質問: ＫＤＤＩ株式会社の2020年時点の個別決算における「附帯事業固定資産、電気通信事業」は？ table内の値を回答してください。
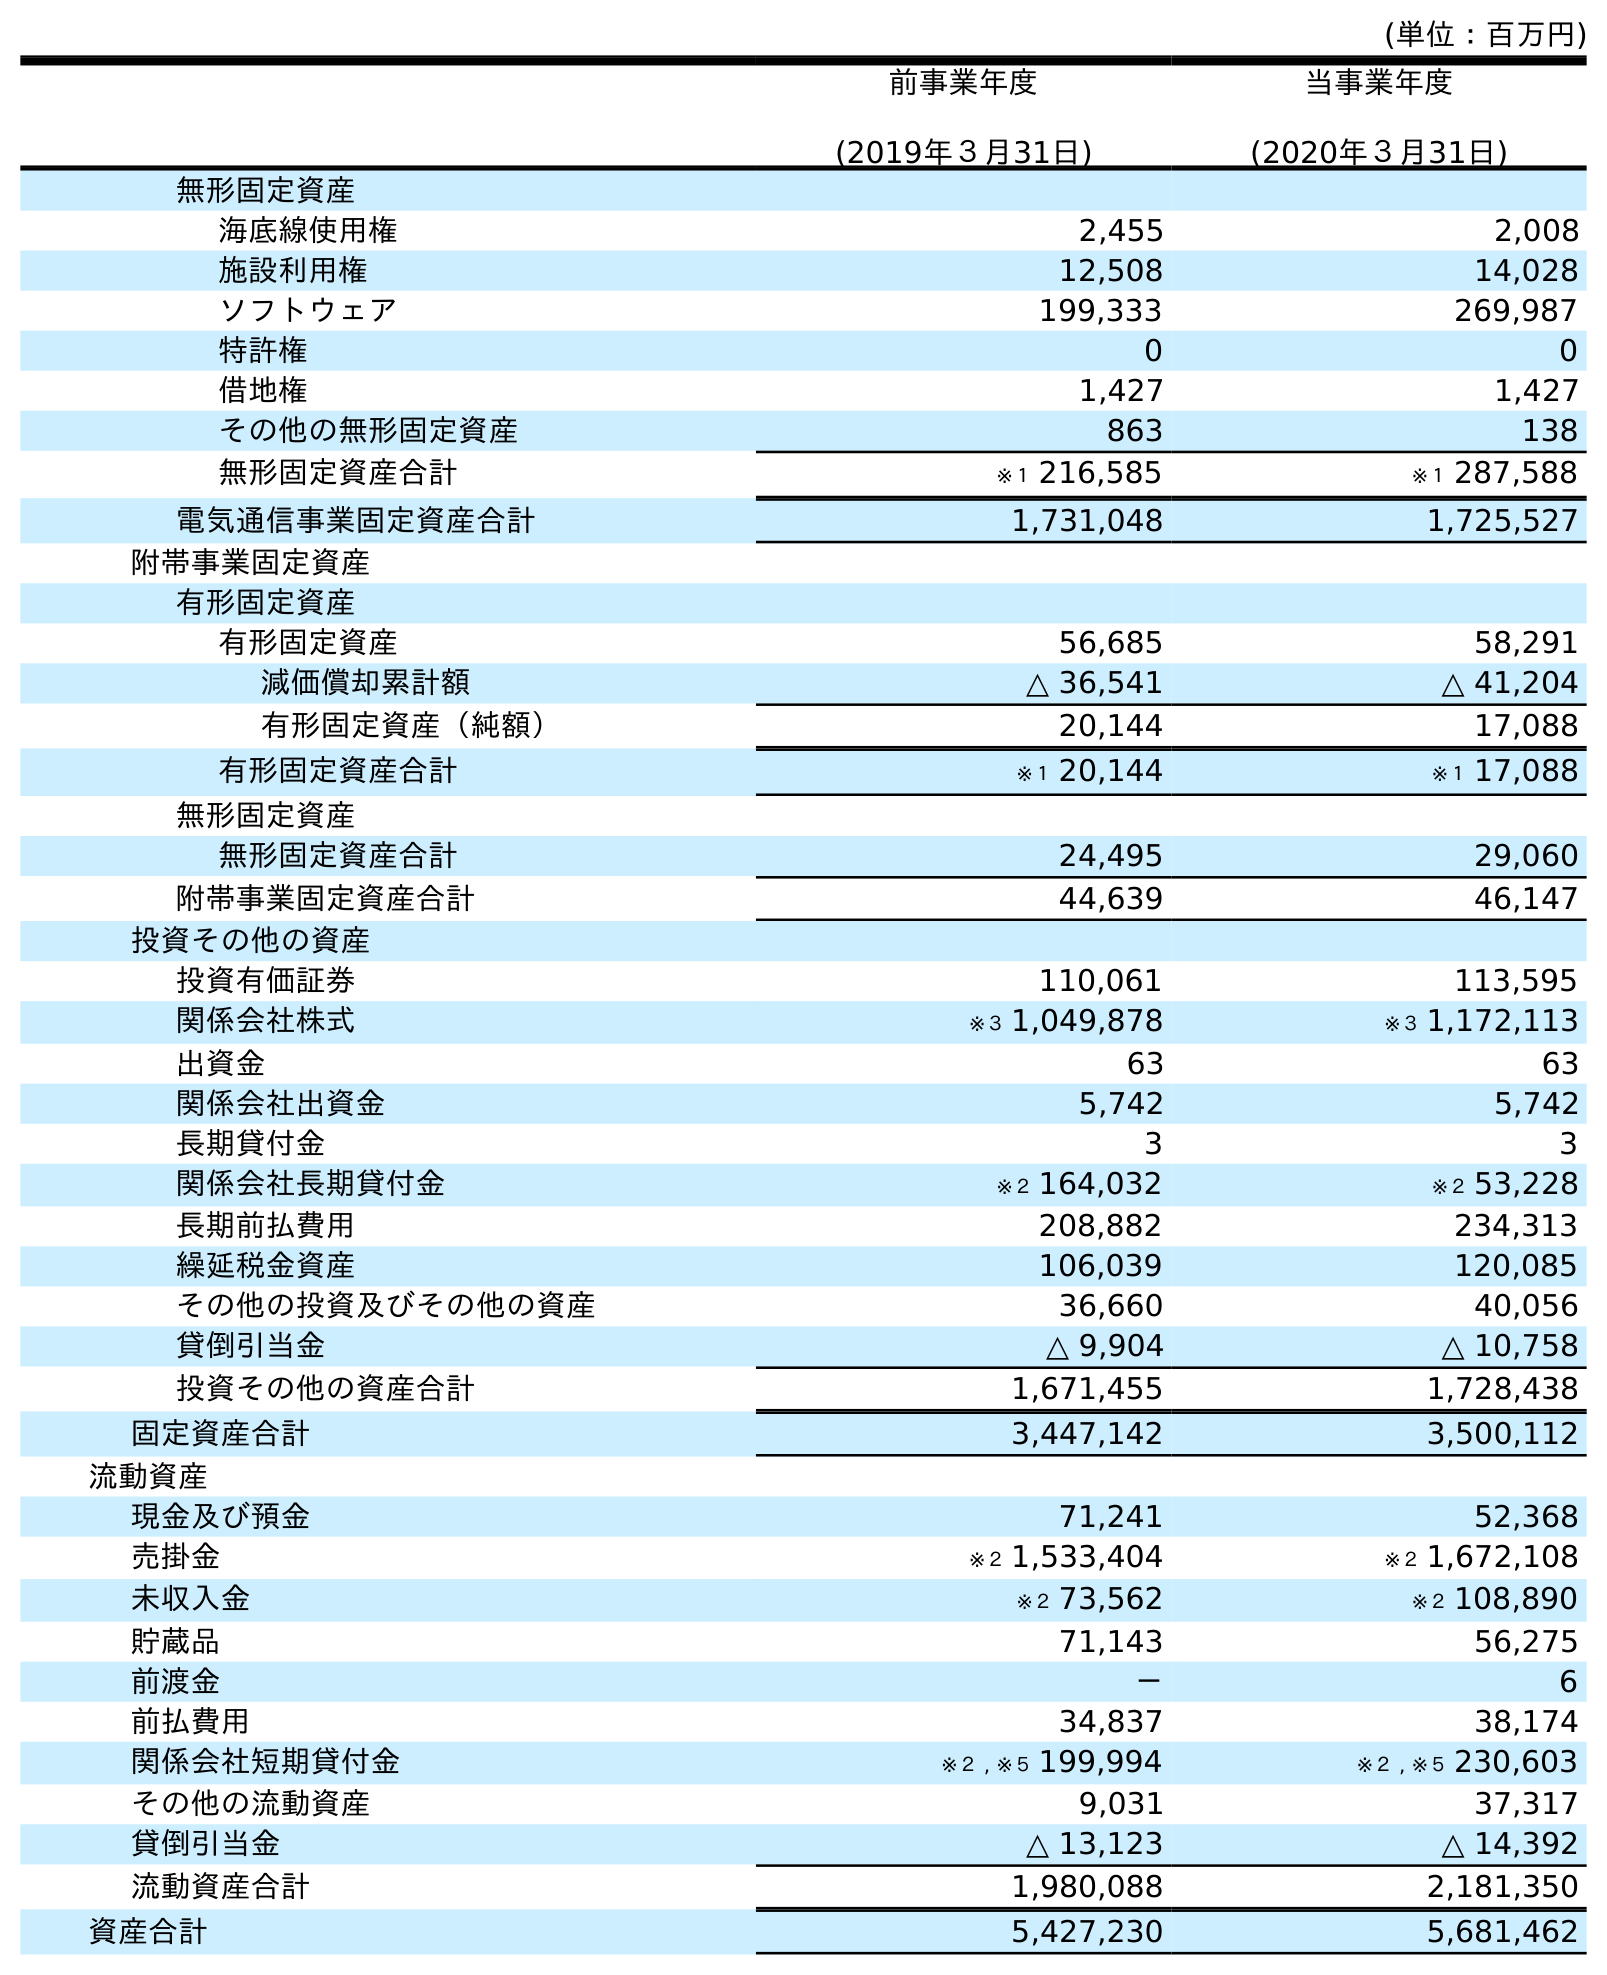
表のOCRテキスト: (単位：百万円) 前事業年度 (2019年３月31日) 当事業年度 (2020年３月31日) 無形固定資産 海底線使用権 2,455 2,008 施設利用権 12,508 14,028 ソフトウェア 199,333 269,987 特許権 0 0 借地権 1,427 1,427 その他の無形固定資産 863 138 無形固定資産合計 ※１ 216,585 ※１ 287,588 電気通信事業固定資産合計 1,731,048 1,725,527 附帯事業固定資産 有形固定資産 有形固定資産 56,685 58,291 減価償却累計額 △ 36,541 △ 41,204 有形固定資産（純額） 20,144 17,088 有形固定資産合計 ※１ 20,144 ※１ 17,088 無形固定資産 無形固定資産合計 24,495 29,060 附帯事業固定資産合計 44,639 46,147 投資その他の資産 投資有価証券 110,061 113,595 関係会社株式 ※３ 1,049,878 ※３ 1,172,113 出資金 63 63 関係会社出資金 5,742 5,742 長期貸付金 3 3 関係会社長期貸付金 ※２ 164,032 ※２ 53,228 長期前払費用 208,882 234,313 繰延税金資産 106,039 120,085 その他の投資及びその他の資産 36,660 40,056 貸倒引当金 △ 9,904 △ 10,758 投資その他の資産合計 1,671,455 1,728,438 固定資産合計 3,447,142 3,500,112 流動資産 現金及び預金 71,241 52,368 売掛金 ※２ 1,533,404 ※２ 1,672,108 未収入金 ※２ 73,562 ※２ 108,890 貯蔵品 71,143 56,275 前渡金 － 6 前払費用 34,837 38,174 関係会社短期貸付金 ※２ , ※５ 199,994 ※２ , ※５ 230,603 その他の流動資産 9,031 37,317 貸倒引当金 △ 13,123 △ 14,392 流動資産合計 1,980,088 2,181,350 資産合計 5,427,230 5,681,462
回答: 46,147